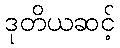
ဒုတိယဆင့်